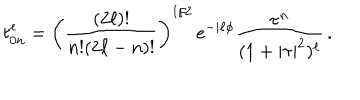
t _ { 0 n } ^ { \ell } = \left( \frac { ( 2 \ell ) ! } { n ! { ( 2 \ell - n ) ! } } \right) ^ { 1 / 2 } \, e ^ { - i \ell \phi } \frac { \tau ^ { n } } { ( 1 + | \tau | ^ { 2 } ) ^ { \ell } } \, .